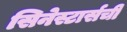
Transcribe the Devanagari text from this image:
सिनेस्टार्सची